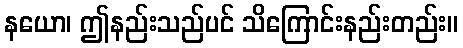
နယော၊ ဤနည်းသည်ပင် သိကြောင်းနည်းတည်း။